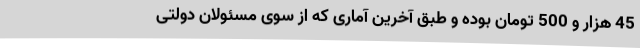
45 هزار و 500 تومان بوده و طبق آخرین آماری که از سوی مسئولان دولتی